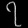
Digit: ၇